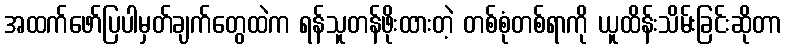
အထက်ဖော်ပြပါမှတ်ချက်တွေထဲက ရန်သူတန်ဖိုးထားတဲ့ တစ်စုံတစ်ရာကို ယူထိန်းသိမ်းခြင်းဆိုတာ